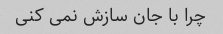
چرا با جان سازش نمی کنی